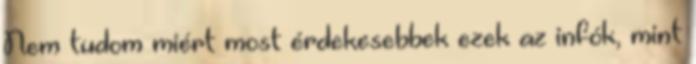
Nem tudom miért most érdekesebbek ezek az infók, mint